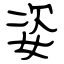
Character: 姿